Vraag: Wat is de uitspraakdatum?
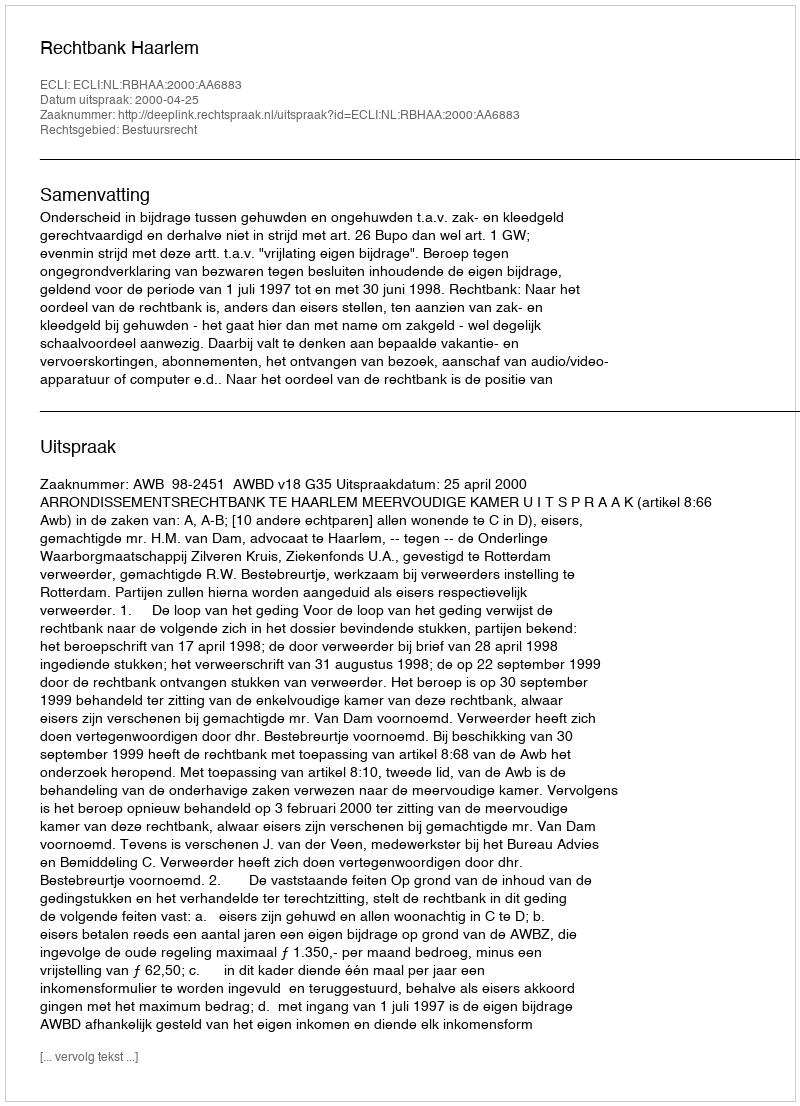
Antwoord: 2000-04-25